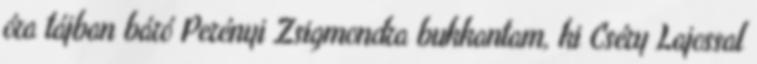
óra tájban báró Perényi Zsigmondra bukkantam, ki Cséry Lajossal